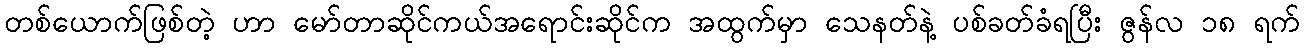
တစ်ယောက်ဖြစ်တဲ့ ဟာ မော်တာဆိုင်ကယ်အရောင်းဆိုင်က အထွက်မှာ သေနတ်နဲ့ ပစ်ခတ်ခံရပြီး ဇွန်လ ၁၈ ရက်